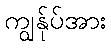
ကျွန်ုပ်အား